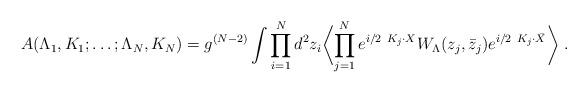
LaTeX: \begin{align*}A(\Lambda_1 , K_1 ; \ldots ;\Lambda_N , K_N )=g^{(N-2)}\int\prod_{i=1}^N d^2 z_i\biggl\langle\prod_{j=1}^N e^{i/2\ K_j\cdot X} W_\Lambda (z_j,{\bar z}_j)e^{i/2\ K_j\cdot \bar X} \biggl\rangle \ .\end{align*}